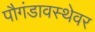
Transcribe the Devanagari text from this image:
पौगंडावस्थेवर